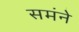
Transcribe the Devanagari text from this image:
समंने